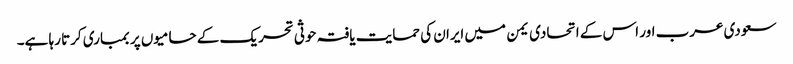
سعودی عرب اور اس کے اتحادی یمن میں ایران کی حمایت یافتہ حوثی تحریک کے حامیوں پر بمباری کرتا رہا ہے۔